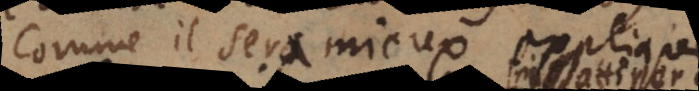
comme il sera mieux expliqué.